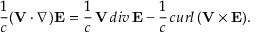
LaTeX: \frac { 1 } { c } ( { \bf V } \cdot \nabla ) { \bf E } = \frac { 1 } { c } \, { \bf V } \, d i v \, { \bf E } - \frac { 1 } { c } \, c u r l \, ( { \bf V } \times { \bf E } ) .